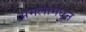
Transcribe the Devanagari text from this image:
अंमलामधून